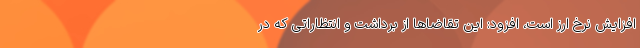
افزایش نرخ ارز است، افزود: این تقاضاها از برداشت و انتظاراتی که در